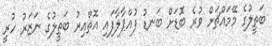
ބަތީލުގެ މޭމައްޗަށް ވުރެ ބޮޑަށް ބަނޑު ފުއްޕާލާފައި އޮތްއިރު ބަތީލުގެ ނަޒަރު ހުރީ